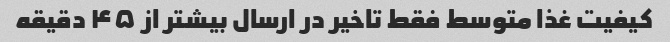
کیفیت غذا متوسط فقط تاخیر در ارسال بیشتر از ۴۵ دقیقه